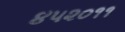
૪૫૨૦૧૧